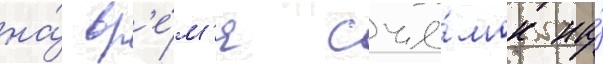
на́ вр'е́м'я съё́мок на́